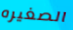
الصغيره